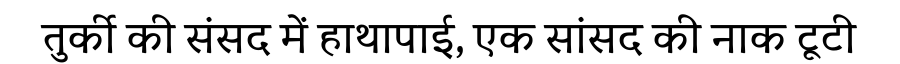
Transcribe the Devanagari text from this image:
तुर्की की संसद में हाथापाई, एक सांसद की नाक टूटी